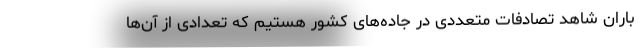
باران شاهد تصادفات متعددی در جاده‌های کشور هستیم که تعدادی از آن‌ها